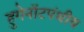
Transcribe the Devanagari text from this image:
हुगेनॉटपंथीय